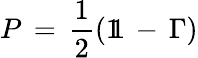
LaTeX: P\, =\, \frac{1}{2}(1\! \! 1\, -\, \Gamma)